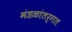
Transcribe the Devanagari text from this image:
मंडळांतर्गत